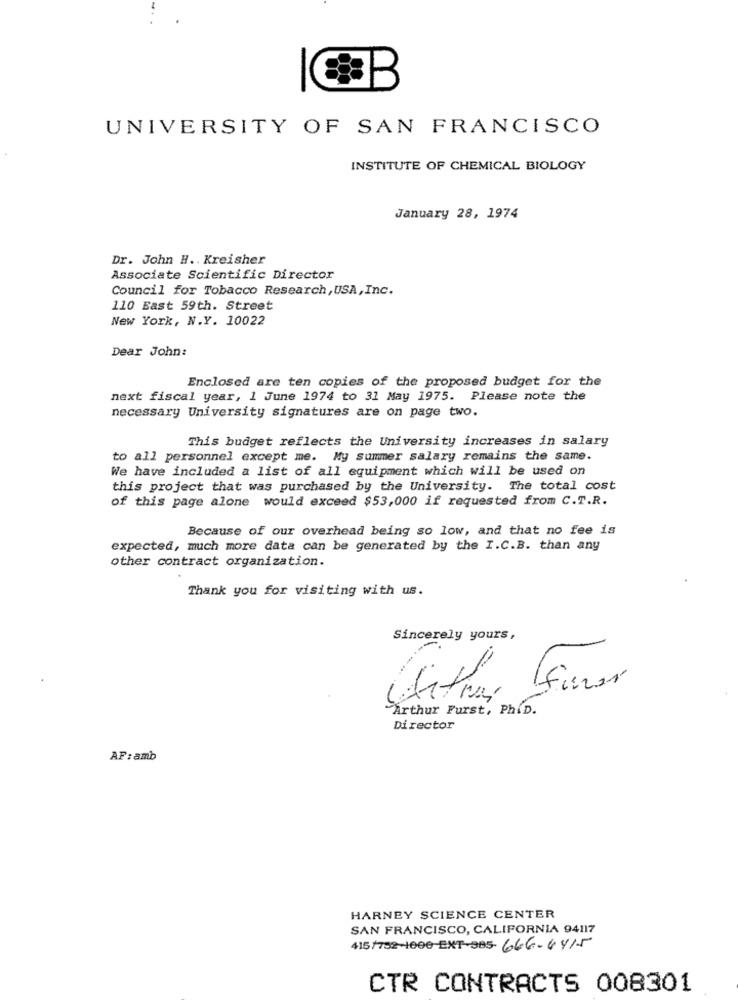
UNIVERSITY OF SAN FRANCISCO
INSTITUTE OF CHEMICAL BIOLOGY
January 28, 1974
Dr. John H .. Kreisher
Associate Scientific Director
Council for Tobacco Research, USA, Inc.
110 East 59th. Street
New York, N.Y. 10022
Dear John:
Enclosed are ten copies of the proposed budget for the
next fiscal year, 1 June 1974 to 31 May 1975. Please note the
necessary University signatures are on page two.
This budget reflects the University increases in salary
to all personnel except me. My summer salary remains the same.
We have included a list of all equipment which will be used on
this project that was purchased by the University. The total cost
of this page alone would exceed $53,000 if requested from C.T.R.
Because of our overhead being so low, and that no fee is
expected, much more data can be generated by the I.C.B. than any
other contract organization.
Thank you for visiting with us.
Sincerely yours,
----
Arthur Furst, PhiD.
Director
AF: amb
HARNEY SCIENCE CENTER
SAN FRANCISCO, CALIFORNIA 94117
415/732-1000-EXT-305-666-441-5
CTR CONTRACTS 008301